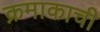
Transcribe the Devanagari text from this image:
क्रमाकाची